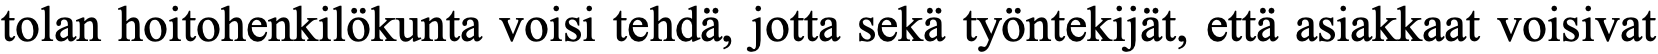
tolan hoitohenkilökunta voisi tehdä, jotta sekä työntekijät, että asiakkaat voisivat